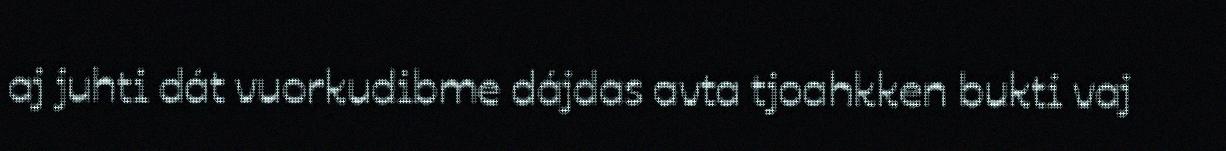
aj juhti dát vuorkudibme dájdas avta tjoahkken bukti vaj